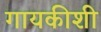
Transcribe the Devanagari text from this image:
गायकीशी